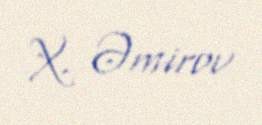
X. Əmirov